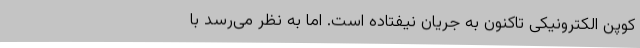
کوپن الکترونیکی تاکنون به جریان نیفتاده است. اما به نظر می‌رسد با